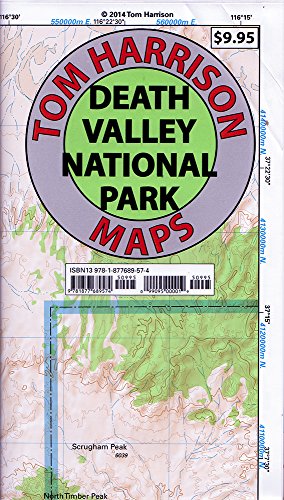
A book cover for Death Valley National Park Recreation Map (Tom Harrison Maps); Tom Harrison; Reference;